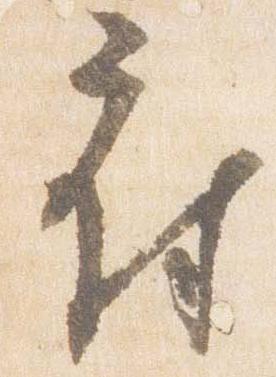
府